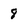
Character: 8